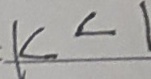
k < 1